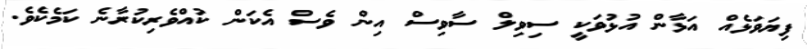
ފިޔަވަޅެއް އަޅާން އުޅުވަކީ ސިވިލް ސާވިސް އިން ވެސް އެކަން ކުއްވެރިކުރާނެ ކަމެކެވެ.